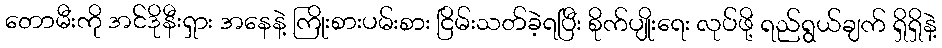
တောမီးကို အင်ဒိုနီးရှား အနေနဲ့ ကြိုးစားပမ်းစား ငြိမ်းသတ်ခဲ့ရပြီး စိုက်ပျိုးရေး လုပ်ဖို့ ရည်ရွယ်ချက် ရှိရှိနဲ့